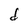
Character: d